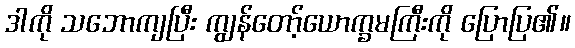
ဒါကို သဘောကျပြီး ကျွန်တော့်ယောက္ခမကြီးကို ပြောပြ၏။